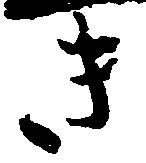
き